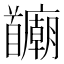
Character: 𫗻